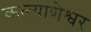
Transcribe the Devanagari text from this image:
कल्याणेश्वर